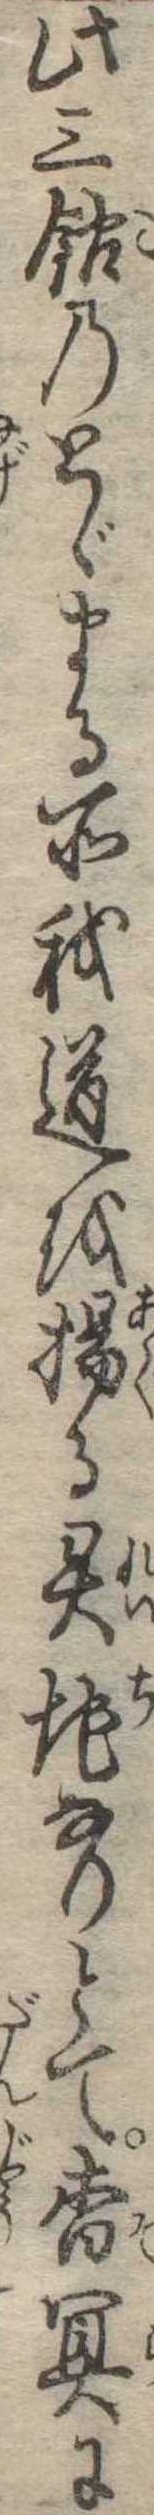
此三鈷のとゞまる所我道を揚る霊地なりとて杳冥に